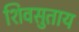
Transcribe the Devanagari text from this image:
शिवसुताय